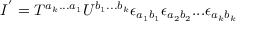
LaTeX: I ^ { ' } = T ^ { a _ { k } . . . a _ { 1 } } U ^ { b _ { 1 } . . . b _ { k } } \epsilon _ { a _ { 1 } b _ { 1 } } \epsilon _ { a _ { 2 } b _ { 2 } } . . . \epsilon _ { a _ { k } b _ { k } }